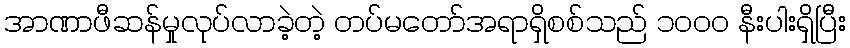
အာဏာဖီဆန်မှုလုပ်လာခဲ့တဲ့ တပ်မတော်အရာရှိစစ်သည် ၁၀၀၀ နီးပါးရှိပြီး